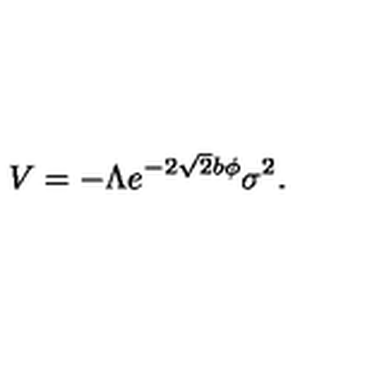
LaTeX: V = - \Lambda e ^ { - 2 \sqrt { 2 } b \phi } \sigma ^ { 2 } .